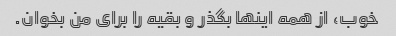
خوب، از همه اینها بگذر و بقیه را برای من بخوان.